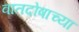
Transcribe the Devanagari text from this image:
वातदोषाच्या